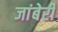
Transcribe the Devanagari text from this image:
जांबेरी